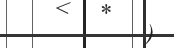
)